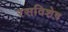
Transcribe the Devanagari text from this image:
रसविशेष